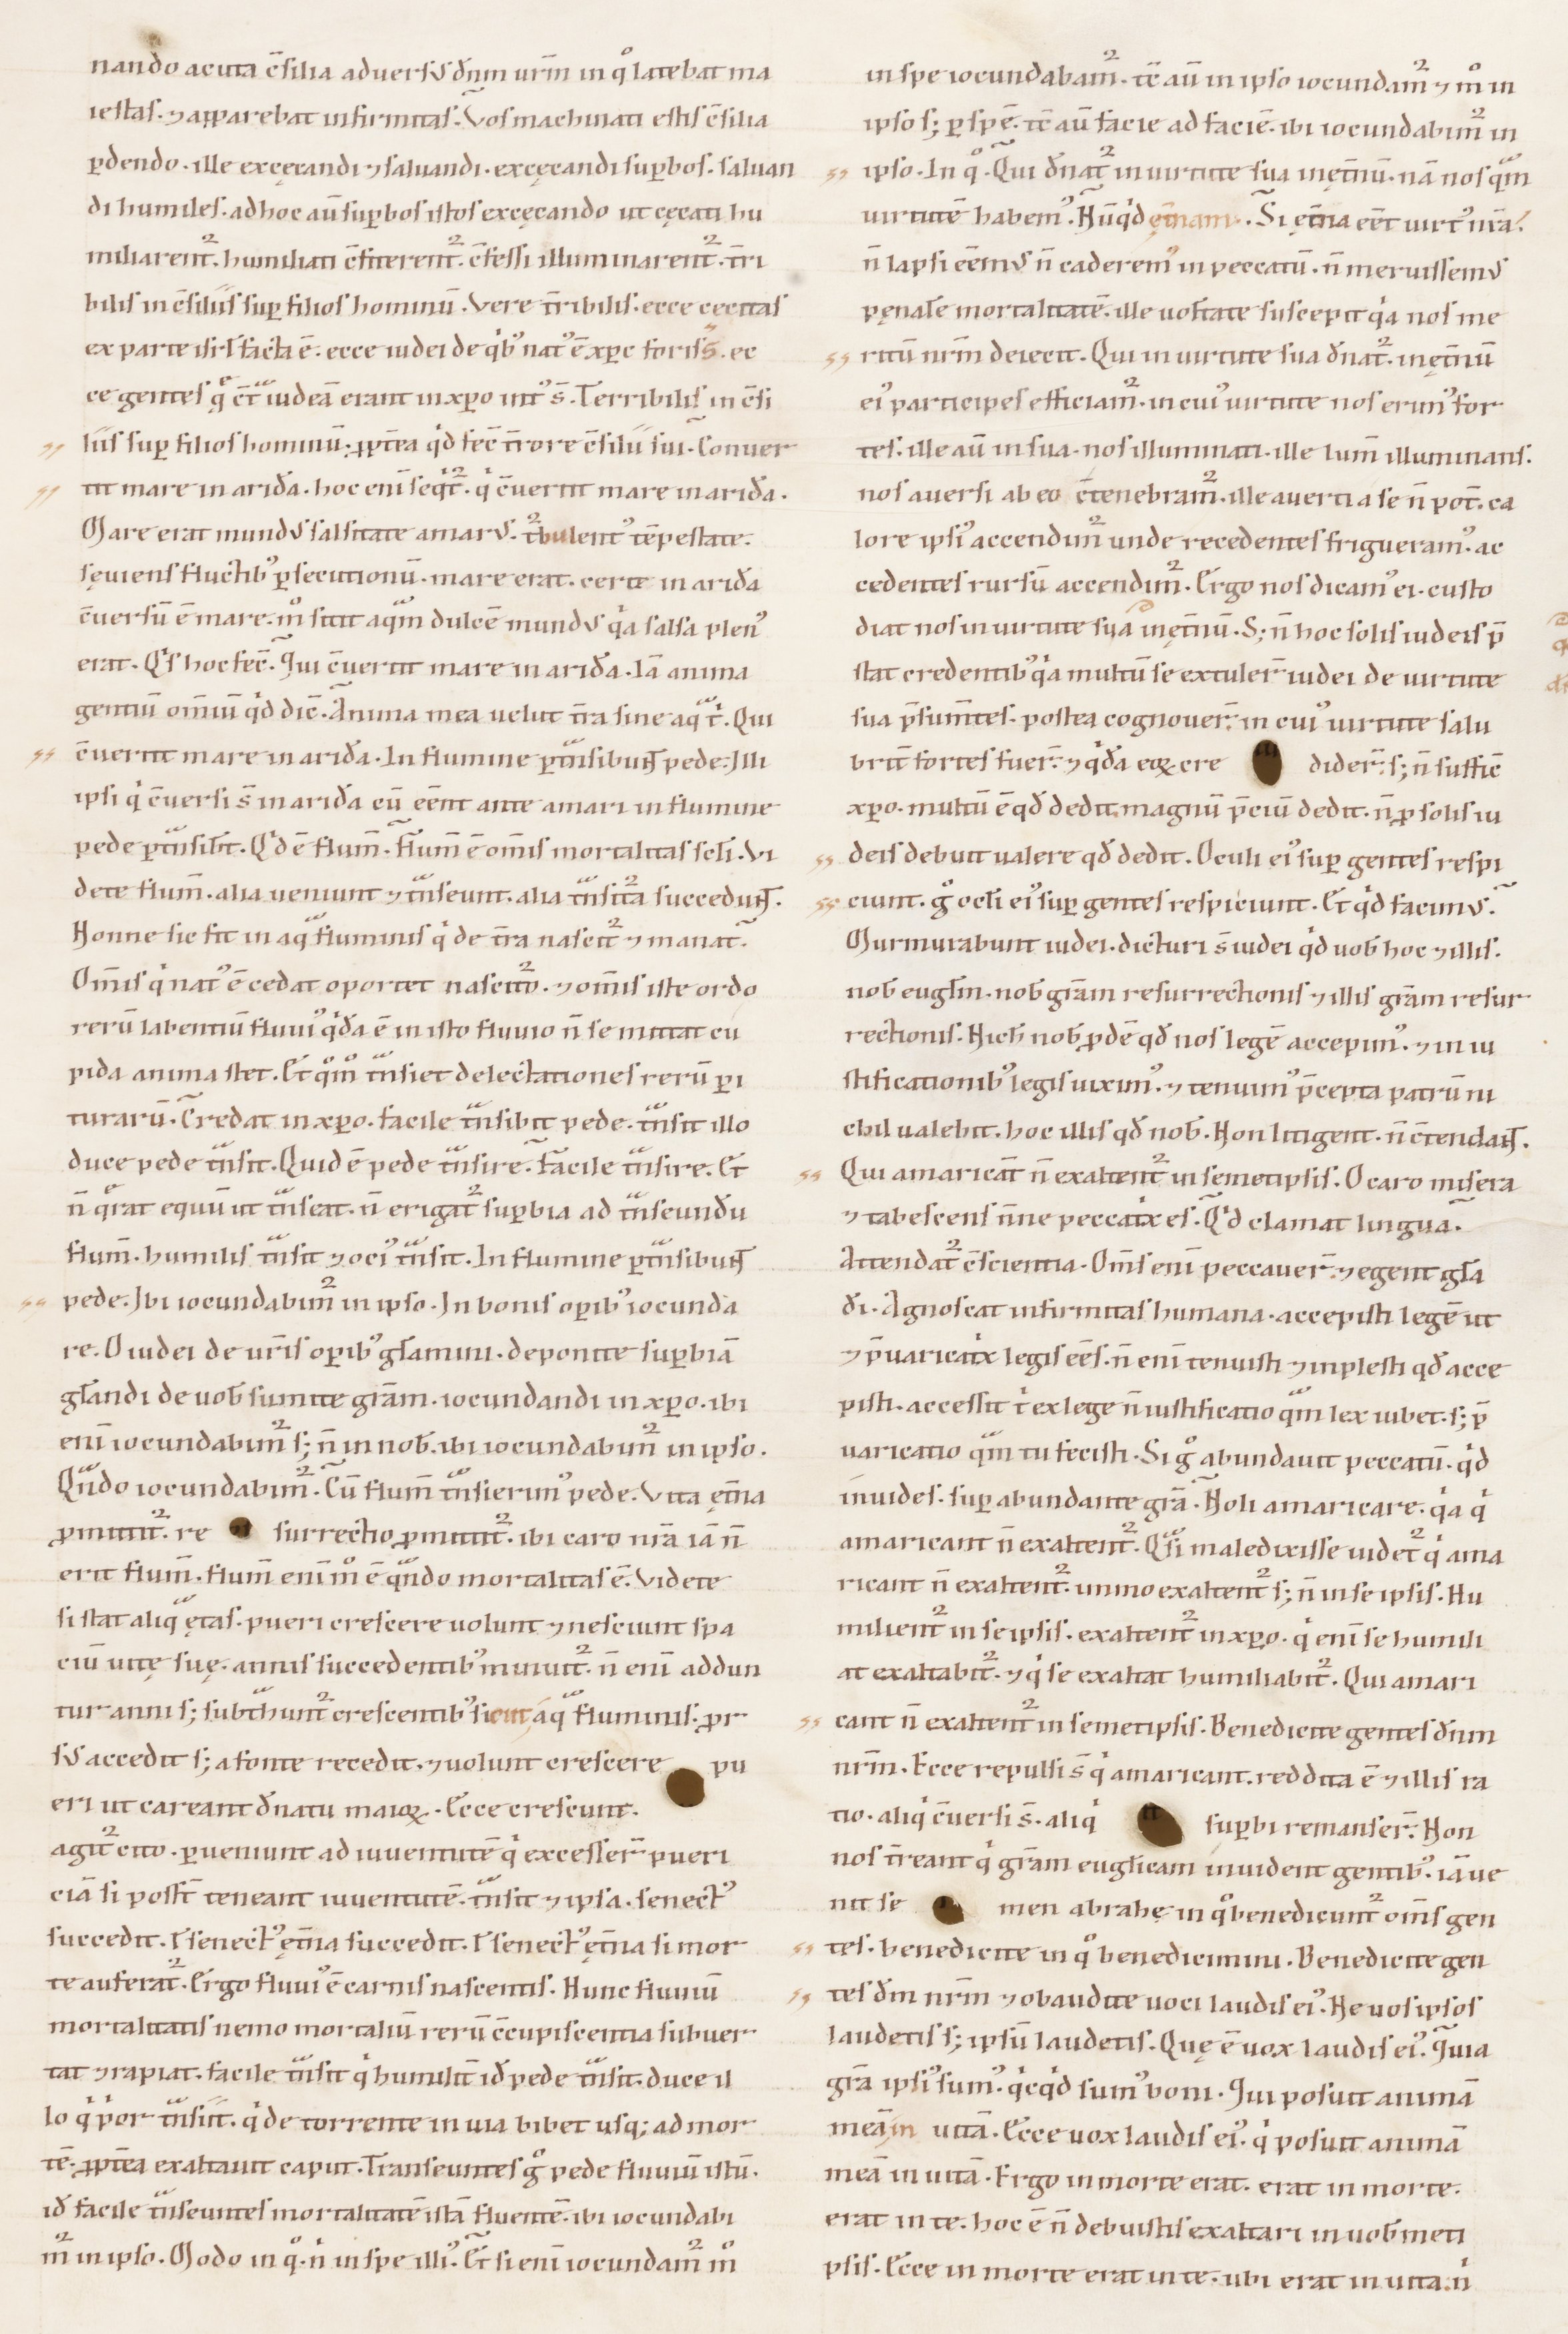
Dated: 1100–1199